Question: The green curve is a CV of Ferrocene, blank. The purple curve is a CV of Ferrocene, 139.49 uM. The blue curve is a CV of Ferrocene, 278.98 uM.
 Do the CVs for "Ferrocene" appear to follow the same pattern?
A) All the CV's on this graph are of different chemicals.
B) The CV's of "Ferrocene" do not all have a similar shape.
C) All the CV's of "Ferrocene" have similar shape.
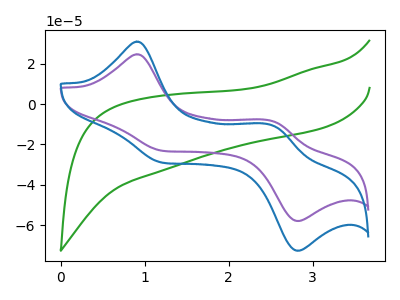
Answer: <think>The green curve "Ferrocene, blank" has no peaks. The purple curve "Ferrocene, 139.49 uM" has anodic peaks at (0.90V, 24.65uA) (2.50V, -8.25uA) and cathodic peaks at (1.25V, -23.25uA) (2.85V, -57.90uA). The blue curve "Ferrocene, 278.98 uM" has anodic peaks at (0.90V, 30.95uA) (2.50V, -10.35uA) and cathodic peaks at (1.25V, -29.20uA) (2.85V, -72.65uA).
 "Ferrocene, blank" and "Ferrocene, 139.49 uM" have a different number of peaks. "Ferrocene, blank" and "Ferrocene, 278.98 uM" have a different number of peaks. All the peaks in "Ferrocene, 139.49 uM" have a peak in "Ferrocene, 278.98 uM" at the same potential.</think>
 <answer>C) All the CV's of "Ferrocene" have similar shape.</answer>
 <eval>C</eval>